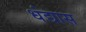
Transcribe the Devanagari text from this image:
धंद्यास